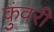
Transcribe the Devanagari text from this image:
कुंवरी